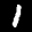
Label: 1